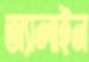
অ্যালাইন